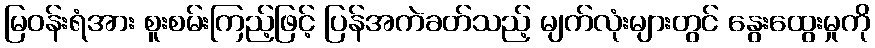
မြဝန်းရံအား စူးစမ်းကြည့်ဖြင့် ပြန်အကဲခတ်သည့် မျက်လုံးများတွင် နွေးထွေးမှုကို